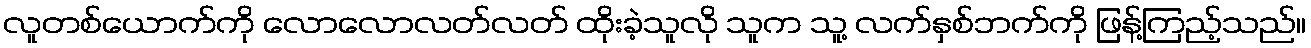
လူတစ်ယောက်ကို လောလောလတ်လတ် ထိုးခဲ့သူလို သူက သူ့ လက်နှစ်ဘက်ကို ဖြန့်ကြည့်သည်။